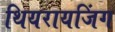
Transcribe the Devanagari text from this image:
थियरायजिंग